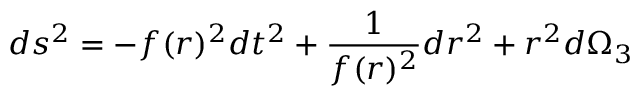
d s ^ { 2 } = - f ( r ) ^ { 2 } d t ^ { 2 } + { \frac { 1 } { f ( r ) ^ { 2 } } } d r ^ { 2 } + r ^ { 2 } d \Omega _ { 3 }